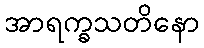
အာရက္ခသတိနော